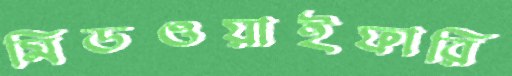
মিডওয়াইফারি